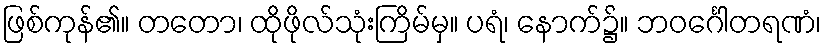
ဖြစ်ကုန်၏။ တတော၊ ထိုဖိုလ်သုံးကြိမ်မှ။ ပရံ၊ နောက်၌။ ဘဝင်္ဂေါတရဏံ၊